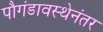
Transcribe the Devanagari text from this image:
पौगंडावस्थेनंतर